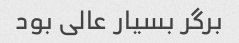
برگر بسیار عالی بود